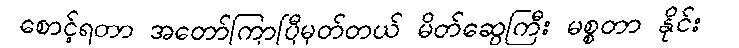
စောင့်ရတာ အတော်ကြာပြီမှတ်တယ် မိတ်ဆွေကြီး မစ္စတာ နိုင်း